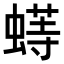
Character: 𬠟